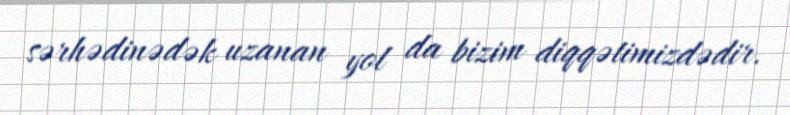
sərhədinədək uzanan yol da bizim diqqətimizdədir.